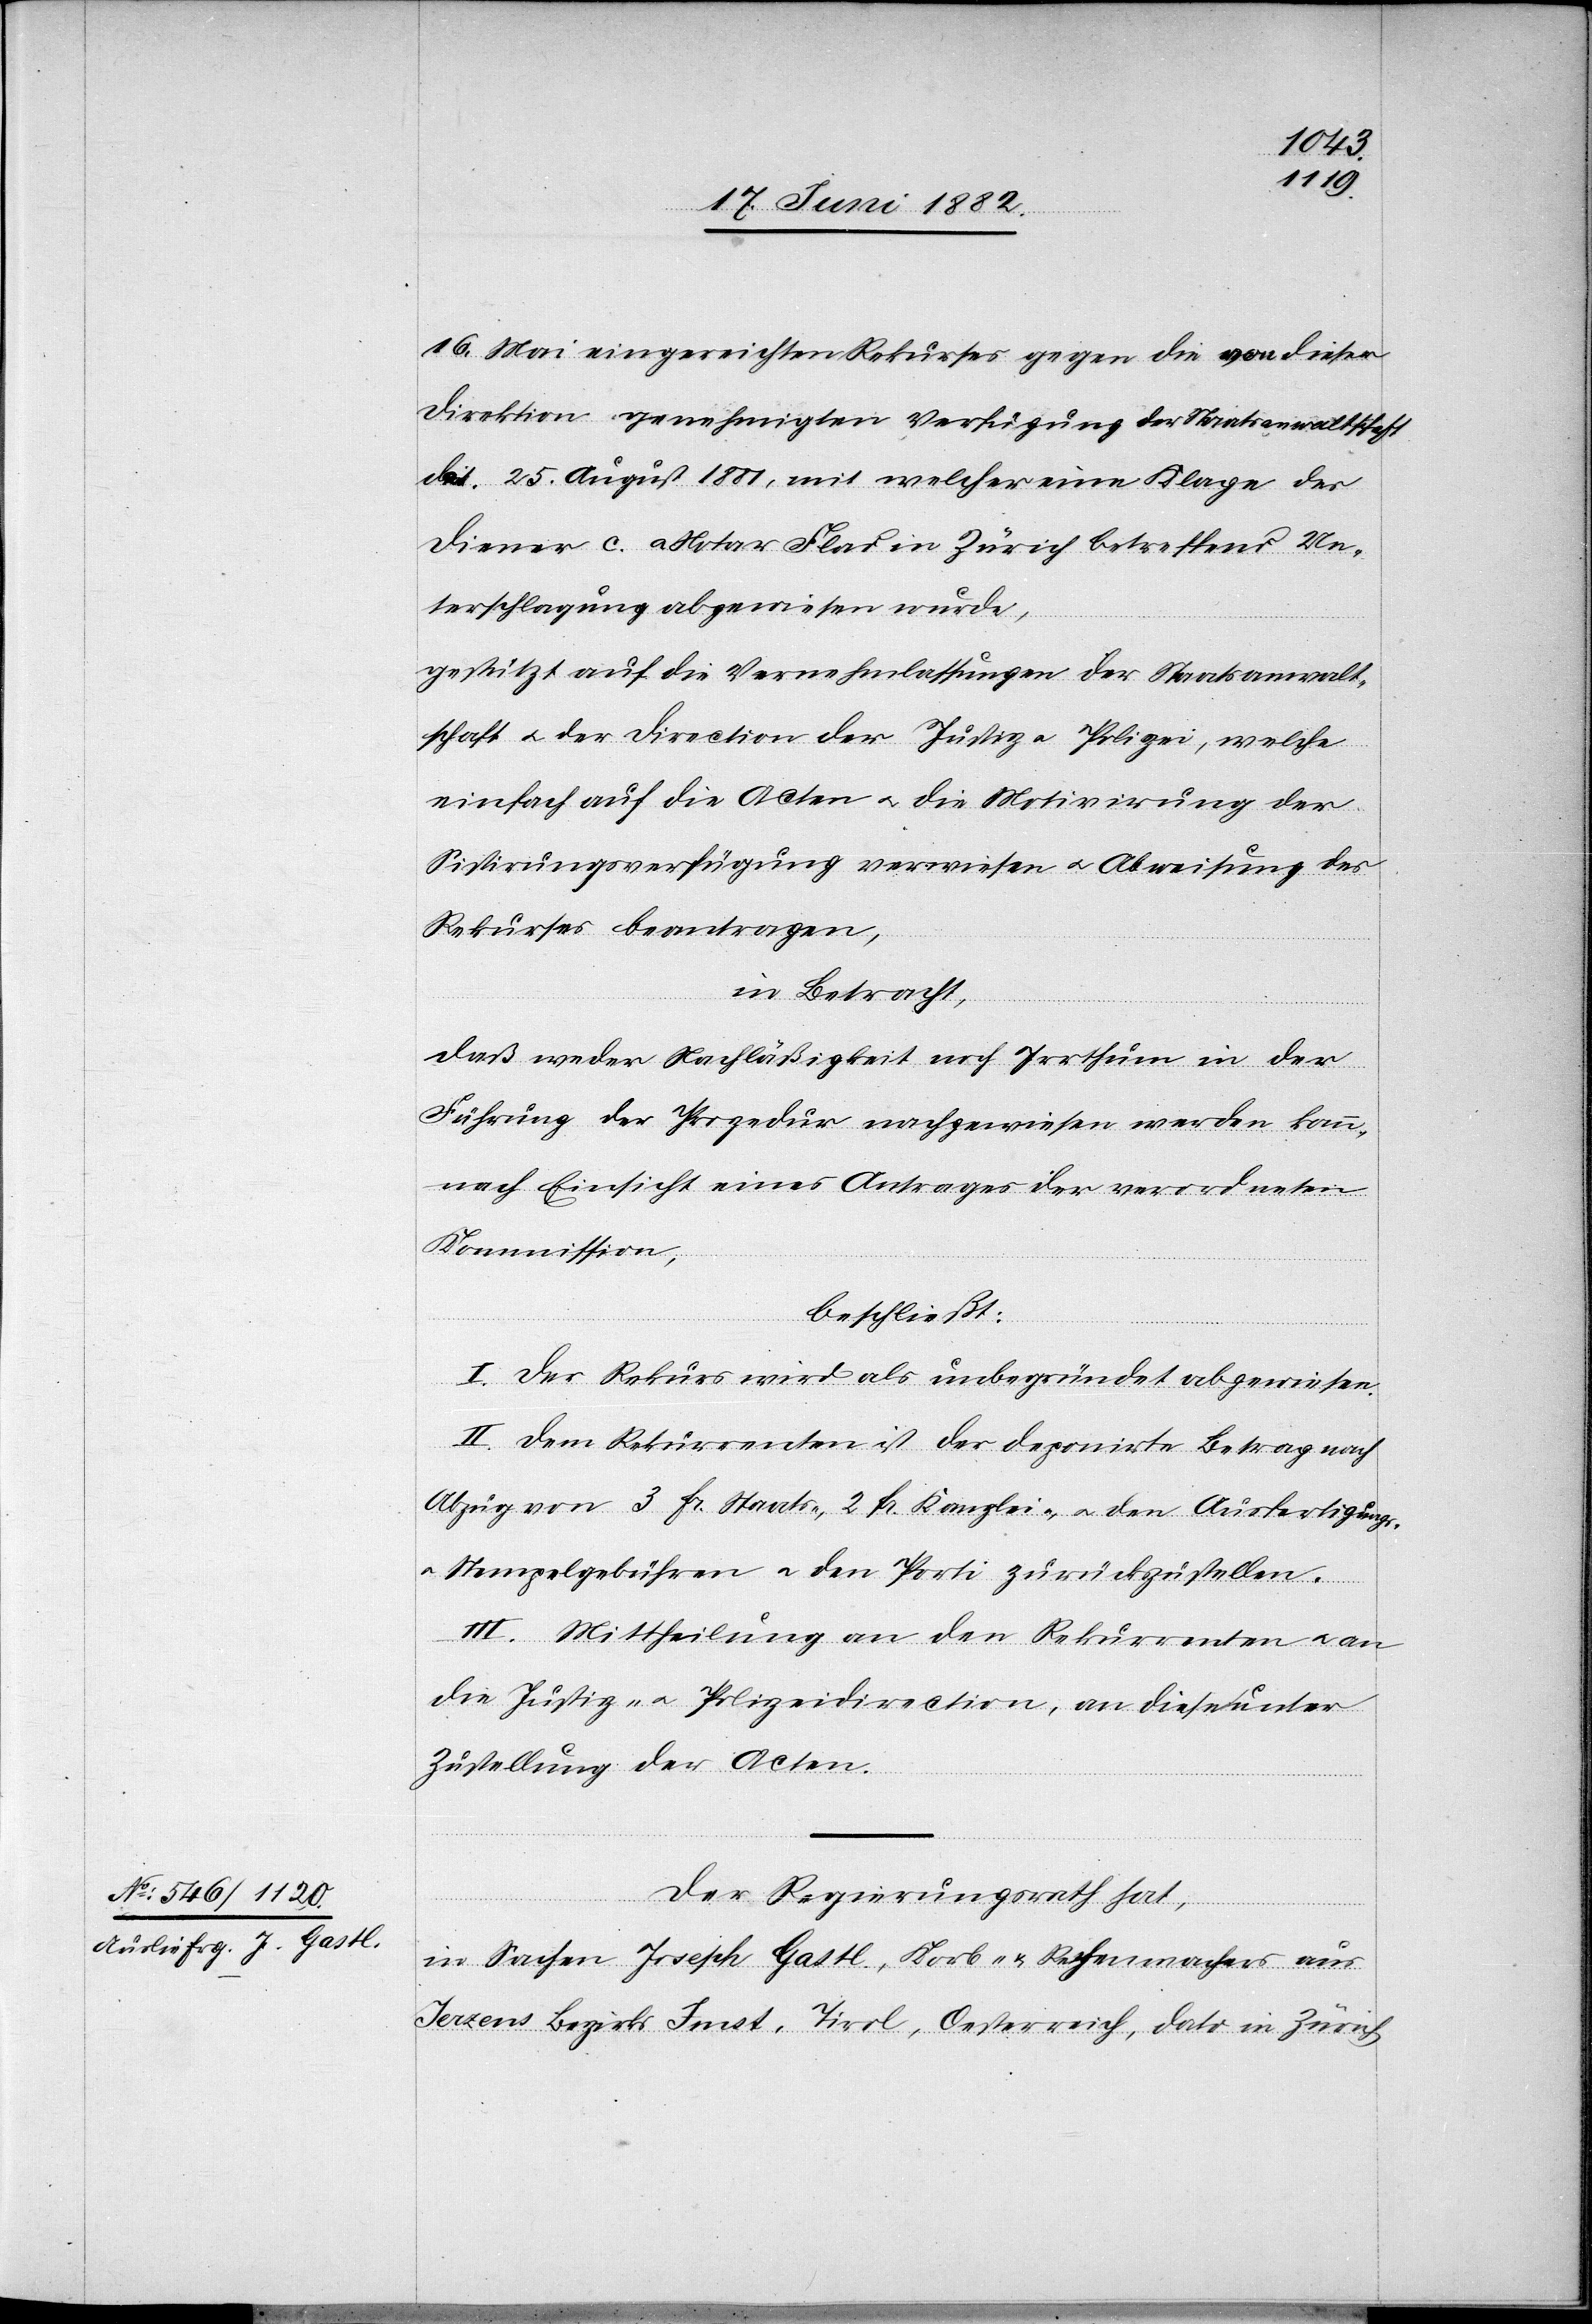
16. Mai eingereichten Rekurses gegen eine von dieser
Direktion genehmigten Verfügung der Staatsanwaltschaft
dat. 25. August 1881, mit welcher eine Klage des
Diener c. a. Notar Flad in Zürich betreffend Un¬
terschlagung abgewiesen wurde,
gestützt auf die Vernehmlassungen der Staatsanwalt¬
schaft u. der Direction der Justiz u. Polizei, welche
einfach auf die Acten u. die Motivirung der
Sistirungsverfügung verweisen u. Abweisung des
Rekurses beantragen,
in Betracht:
daß weder Nachläßigkeit noch Irrthum in der
Führung der Prozedur nachgewiesen werden kann,
nach Einsicht eines Antrages der verordneten
Kommission,
beschließt:
I. Der Rekurs wird als unbegründet abgewiesen.
II. Dem Rekurrenten ist der deponirte Betrag nach
Abzug von 3 Fr. Staats-, 2 Fr. Kanzlei-, u. den Ausfertigungs-
Stempelgebühren u. den Porti zurückzustellen.
III. Mittheilung an den Rekurrenten u. an
die Justiz- u. Polizeidirection, an diese unter
Zustellung der Acten.
Der Regierungsrath hat,
in Sachen Joseph Gastl, Korb- & Rechenmachers aus
Jerzens Bezirks Imst, Tirol, Oesterreich, dato in Zürich